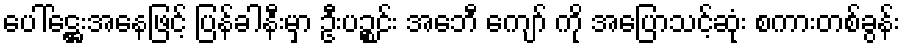
ပေါ်ဋ္ဌေးအနေဖြင့် ပြန်ခါနီးမှာ ဦးပဉ္စင်း အေဘီ ကျော် ကို အပြောသင့်ဆုံး စကားတစ်ခွန်း